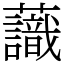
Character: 𧄹